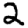
Digit: 2